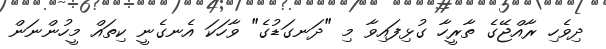
ދިވެހި ރާއްޖޭގެ ތާރީހާ ގުޅިފައިވާ މި "ދަނގަޑުގެ" ވާހަކަ އެނގެނީ ކިތައް މީހުންނަން